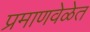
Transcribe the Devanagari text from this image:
प्रमाणवेळेत